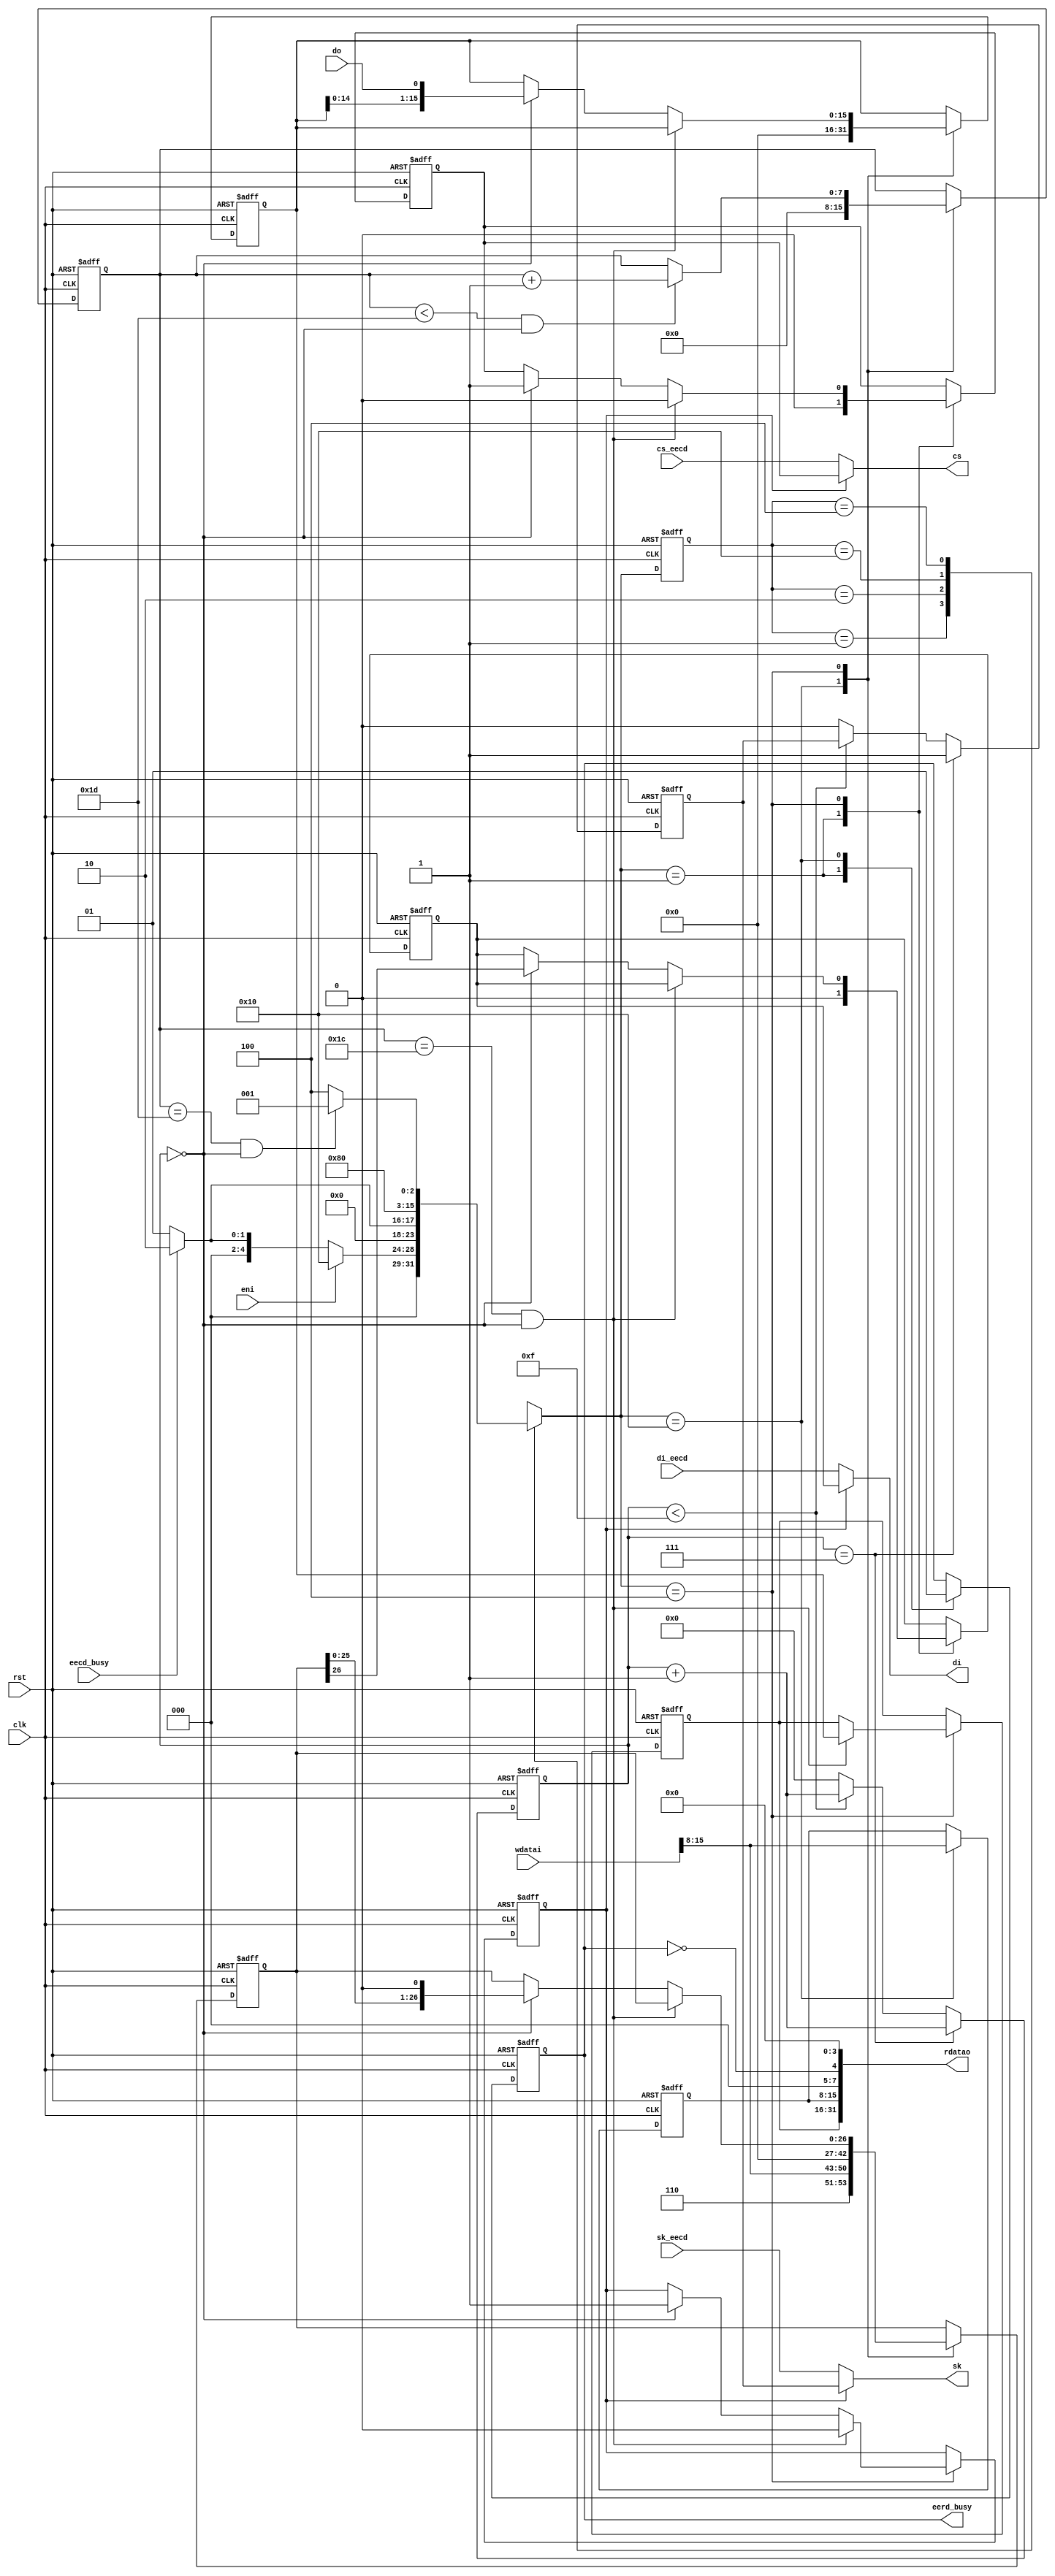
`timescale 1ns/1ns
module shift_eeprom #(
  parameter div=16
)(
  input             clk      ,
  input             rst      ,
  //eeprom
  output            sk        ,
  output            cs        ,
  output            di        ,
  input             do        ,
  
  //
  input      [31:0] wdatai          ,
  input             eni             ,
  output reg        eerd_busy       ,
  
  input             sk_eecd         ,
  input             cs_eecd         ,
  input             di_eecd         ,
  input             eecd_busy       ,

  output     [31:0] rdatao

);

  reg        sk_eerd, cs_eerd, di_eerd;
  reg [31:0] num;
  
  always@(posedge clk or posedge rst)
  if(rst) begin
    num<=0;
    sk_eerd<=0;
  end else if(num==div/2-1)begin
    num<=num+'d1;
    sk_eerd<=1;
  end else if(num<div-1)begin
    num<=num+'d1;
  end else begin
    num<=0;
    sk_eerd<=0;
  end

  reg [7:0] State, Nextstate;
  parameter Idle        = 8'h01,
            Rd_eecd    = 8'h02,
            Reg_eerd  = 8'h10,
            Rd_eerd   = 8'h04,
            Done        = 8'h08;
  reg        eerd_en;
  reg [ 7:0] cnt, addr;
  reg [15:0] shift_wr_reg, rdata_reg;
  reg [26:0] sreg;

  always@(posedge clk or posedge rst)
  if(rst) begin
    State<=Idle;
  end else begin
    State<=Nextstate;
  end

  always@(*) begin
    case(State)
      Idle: begin
        if(eni)begin
          Nextstate = Reg_eerd;
        end else if(eecd_busy) begin
          Nextstate = Rd_eecd;
        end else begin
          Nextstate = Idle;
        end
      end

      Rd_eecd: begin
        if(!eecd_busy)begin
          Nextstate = Idle;
        end else begin
          Nextstate = Rd_eecd;
        end
      end
      
      Reg_eerd: begin
        Nextstate = Rd_eerd;
      end
      
      Rd_eerd: begin
        if(cnt==29 && num==0)begin
          Nextstate = Idle;
        end else begin
          Nextstate = Rd_eerd;
        end
      end

      default: begin
        Nextstate = 'bx;
      end

    endcase

  end
  
  always@(posedge clk or posedge rst)
  if(rst) begin
    cnt<=0;
    eerd_busy<=0;
    di_eerd<=0;
    cs_eerd<=0;
    sreg<=0;
    addr<=0;
    shift_wr_reg<=0;
    rdata_reg<=0;
    eerd_en<=0;
  end else begin
    case(Nextstate)

      Idle: begin
        eerd_busy<=0;
        di_eerd<=0;
        cs_eerd<=0;
      end

      Rd_eecd: begin
      end
      
      Reg_eerd:begin
        eerd_busy<=1;
        sreg<={3'b110, wdatai[15:8], 16'd0};
        addr<=wdatai[15:8];
        shift_wr_reg<=0;
        cnt<=0;
      end
      
      Rd_eerd: begin
        if(cnt<29 && num==0) begin
          cnt<=cnt+'d1;
        end

        if(cnt==28 && num==0)begin
          eerd_en<=0;
          cs_eerd<=0;
        end else if(num==0)begin
          eerd_en<=1;
          di_eerd<=sreg[26];
          cs_eerd<=1;
          sreg<={sreg[25:0],1'b0};
        end
        
        if(cnt==28 && num==0)begin
          rdata_reg<=shift_wr_reg;
        end else if(num==0) begin
          shift_wr_reg<={shift_wr_reg[14:0], do};
        end
      end

    endcase
  end
  
  assign rdatao = {rdata_reg, addr, 3'b0, !eerd_busy, 4'b0};
  
  assign sk=eerd_en?sk_eerd:sk_eecd;
  assign cs=eerd_en?cs_eerd:cs_eecd;
  assign di=eerd_en?di_eerd:di_eecd;

endmodule